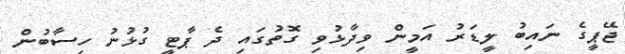
ޖޭޕީގެ ނައިބު ލީޑަރު އަމީން ވިދާޅުވި ގޮތުގައި ދެ ޕާޓީ ގުޅުނު ހިސާބުން